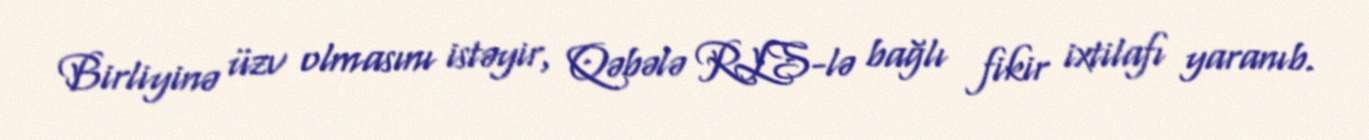
Birliyinə üzv olmasını istəyir, Qəbələ RLS-lə bağlı fikir ixtilafı yaranıb.